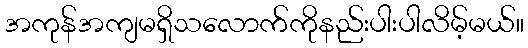
အကုန်အကျမရှိသလောက်ကိုနည်းပါးပါလိမ့်မယ်။